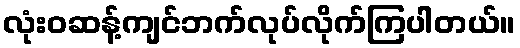
လုံးဝဆန့်ကျင်ဘက်လုပ်လိုက်ကြပါတယ်။